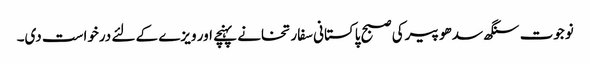
نوجوت سنگھ سدھو پیرکی صبح پاکستانی سفارتخانے پہنچے اور ویزے کے لئے درخواست دی۔